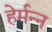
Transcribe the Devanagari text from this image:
हेर्मन्न